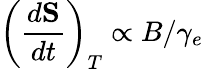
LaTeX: \left(\frac{d{\mathbf S}}{dt}\right)_{T}\propto B/\gamma_{e}